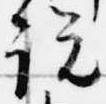
説